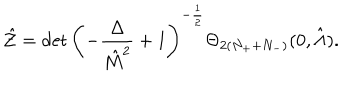
\hat { \cal Z } = \det \left( - { \frac { \Delta } { \hat { M } ^ { 2 } } } + 1 \right) ^ { - { \frac { 1 } { 2 } } } \Theta _ { 2 ( N _ { + } + N _ { - } ) } ( 0 , \hat { \Lambda } ) .